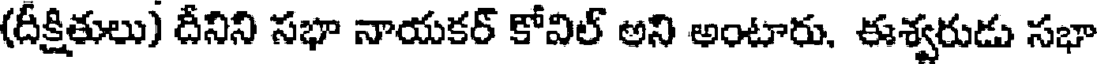
(దీక్షితులు) దీనిని సభా నాయకర్ కోవిల్ అని అంటారు. ఈశ్వరుడు సభా